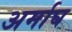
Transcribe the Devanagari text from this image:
अर्माघ